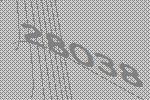
28038